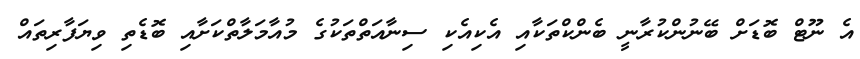
އެ ނޫޓް ބޮޑަށް ބޭނުންކުރާނީ ބެންކްތަކާއި އެކިއެކި ސިނާއަތްތަކުގެ މުއާމަލާތްކަށާއި ބޮޑެތި ވިޔަފާރިތައް